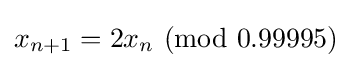
x_{n+1}=2x_{n}\ ({\textrm {mod}}~0.99995)